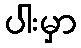
ပါးမှာ